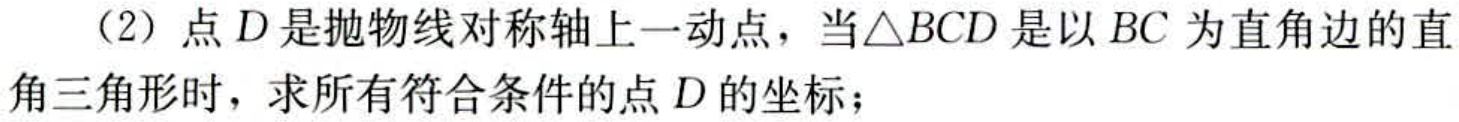
（2）点\(D\)是抛物线对称轴上一动点，当\(\triangle BCD\)是以\(BC\)为直角边的直角三角形时，求所有符合条件的点\(D\)的坐标；